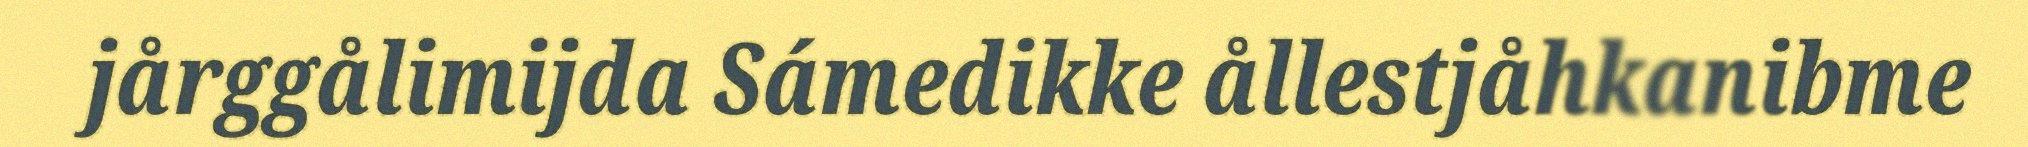
jårggålimijda Sámedikke ållestjåhkanibme